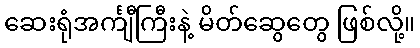
ဆေးရုံအင်္ကျီကြီးနဲ့ မိတ်ဆွေတွေ ဖြစ်လို့။